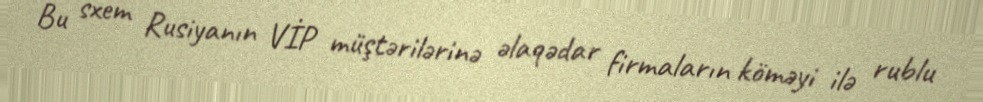
Bu sxem Rusiyanın VİP müştərilərinə əlaqədar firmaların köməyi ilə rublu